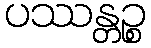
ပဿန္တဉ္စ